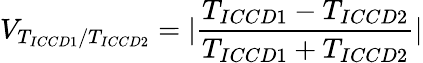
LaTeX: V_{T_{ICCD1}/T_{ICCD2}}=|\frac{T_{ICCD1}-T_{ICCD2}}{T_{ICCD1}+T_{ICCD2}}|